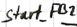
Text: Start_FB2